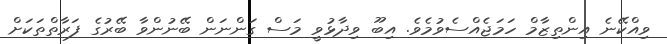
ވިއްކޭނެ އިންތިޒާމް ހަމަޖެއްސެވުމެވެ. އިބޫ ވިދާޅުވީ މަސް ގަންނަން ބޭނުންވާ ބޭރުގެ ފަރާތްތަކަށް